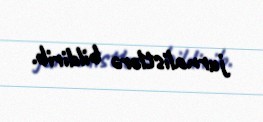
jurnalistlərə bildirib.